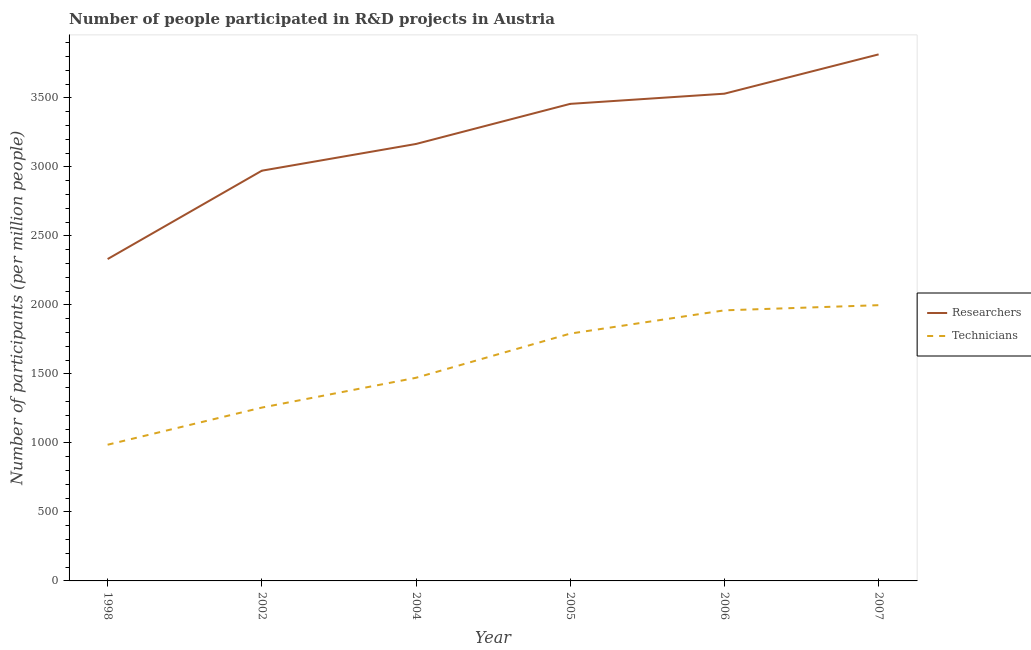
| Year | Researchers | Technicians |
 | --- | --- | --- |
 | 1998 | 2.33e+03 | 987 |
 | 2002 | 2.97e+03 | 1.26e+03 |
 | 2004 | 3.17e+03 | 1.47e+03 |
 | 2005 | 3.46e+03 | 1.79e+03 |
 | 2006 | 3.53e+03 | 1.96e+03 |
 | 2007 | 3.82e+03 | 2e+03 |